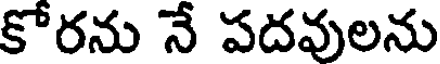
కోరను నే పదవులను